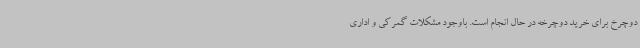
دوچرخ برای خرید دوچرخه در حال انجام است. باوجود مشکلات گمرکی و اداری